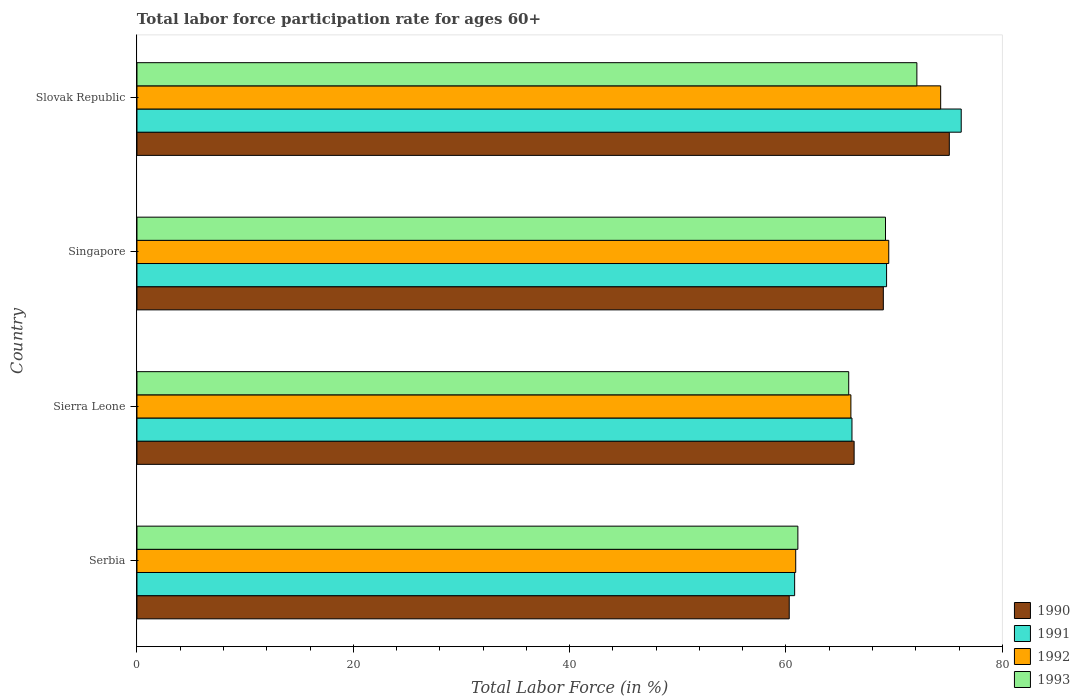
| Country | 1990 | 1991 | 1992 | 1993 |
 | --- | --- | --- | --- | --- |
 | Serbia | 60.3 | 60.8 | 60.9 | 61.1 |
 | Sierra Leone | 66.3 | 66.1 | 66 | 65.8 |
 | Singapore | 69 | 69.3 | 69.5 | 69.2 |
 | Slovak Republic | 75.1 | 76.2 | 74.3 | 72.1 |